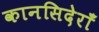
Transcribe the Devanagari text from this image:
कानसिदेराँ